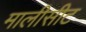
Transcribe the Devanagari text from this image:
मालीसीट